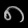
Digit: ၈